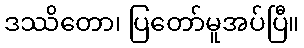
ဒဿိတော၊ ပြတော်မူအပ်ပြီ။